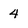
Character: 4